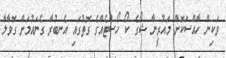
ވަކިން ހާއްސަކޮށް މައުރީނާ ޝޯގެ ކޯ ހޯސްޓެއްގެ ގޮތުގައި އެނބުރާ ގެނައުމަށް ގޮވާލާ